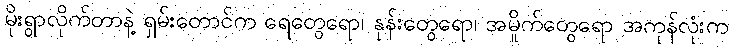
မိုးရွာလိုက်တာနဲ့ ရှမ်းတောင်က ရေတွေရော၊ နုန်းတွေရော၊ အမှိုက်တွေရော အကုန်လုံးက